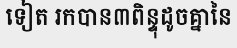
ទៀត រកបាន៣ពិន្ទុដូចគ្នានៃ